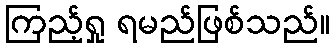
ကြည့်ရှု ရမည်ဖြစ်သည်။